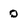
Character: 0